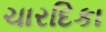
ચારદિકા